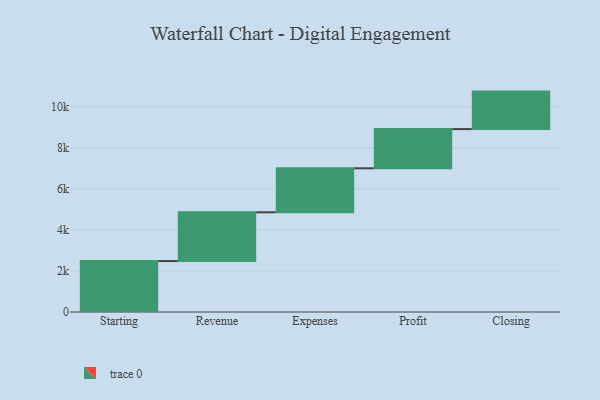
{"axis": {"x": "Step", "y": "Value"}, "legend": [""], "data": [{"x": "Starting", "y": 2482.0, "type": ""}, {"x": "Revenue", "y": 2377.0, "type": ""}, {"x": "Expenses", "y": 2144.0, "type": ""}, {"x": "Profit", "y": 1910.0, "type": ""}, {"x": "Closing", "y": 1827.0, "type": ""}]}